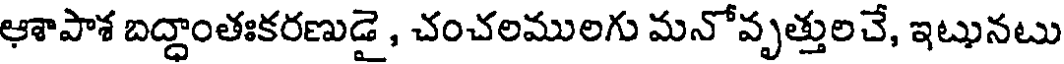
ఆశాపాశ బద్దాంతఃకరణుడై , చంచలములగు మనోవృత్తులచే, ఇటునటు